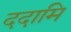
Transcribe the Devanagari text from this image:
ददामि